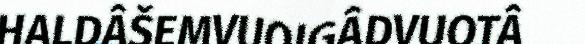
HALDÂŠEMVUOIGÂDVUOTÂ